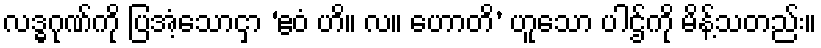
လဒ္ဓဂုဏ်ကို ပြအံ့သောငှာ ‘ဧဝံ ဟိ။ လ။ ဟောတိ’ ဟူသော ပါဌ်ကို မိန့်သတည်း။